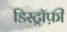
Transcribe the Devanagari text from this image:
डिस्ट्रॉफ़ी